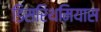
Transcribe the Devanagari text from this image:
डिसरिथमियास